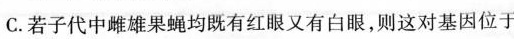
C.若子代中雌雄果蝇均既有红眼又有白眼，则这对基因位于